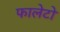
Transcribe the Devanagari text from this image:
फालेटो